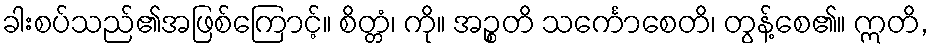
ခါးစပ်သည်၏အဖြစ်ကြောင့်။ စိတ္တံ၊ ကို။ အဉ္စတိ သင်္ကောစေတိ၊ တွန့်စေ၏။ ဣတိ,